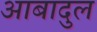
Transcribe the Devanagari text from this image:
आबादुल